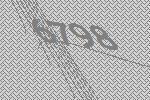
6798